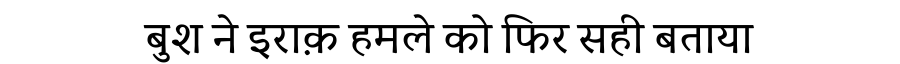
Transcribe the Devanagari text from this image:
बुश ने इराक़ हमले को फिर सही बताया